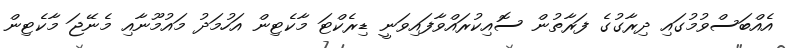
އެއްބަސްވުމުގައި ދިރާގުގެ ފަރާތުން ސޮއިކުރައްވާފައިވަނީ ޑިރެކްޓަ މާކެޓިން އަހުމަދު މައުމޫނާއި މެނޭޖަ މާކެޓިން